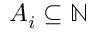
A _ { i } \subseteq \mathbb { N }